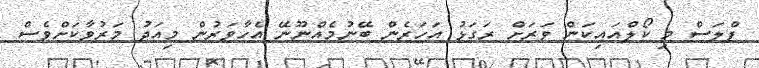
ޕްލަސް މި ކޯލްއައިކަން ވަރަށް ރަގަޅު އަހަރެން ބޭނުމެއްނޫނޭ އެހާވަރުން މިއަދު މަރުވާކަށްވެސް